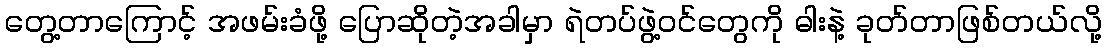
တွေ့တာကြောင့် အဖမ်းခံဖို့ ပြောဆိုတဲ့အခါမှာ ရဲတပ်ဖွဲ့ဝင်တွေကို ဓါးနဲ့ ခုတ်တာဖြစ်တယ်လို့